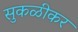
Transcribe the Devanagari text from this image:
सुकळीकर